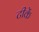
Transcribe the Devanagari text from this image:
टीकें